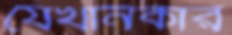
যেখানকার